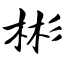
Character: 彬